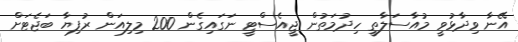
އޭނާ ވިދާޅުވީ މުއާސަލާތީ ހިދުމަތުން ޖީއެސްޓީ ނަގައިގެން 200 މިލިއަން ރުފިޔާ ބަޖެޓަށް